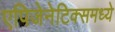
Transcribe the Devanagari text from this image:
एपिजेनेटिक्समध्ये